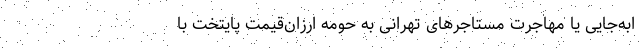
ابه‌‌جایی یا مهاجرت مستاجرهای تهرانی به حومه ارزان‌قیمت پایتخت با